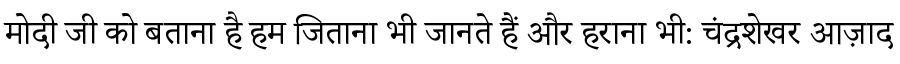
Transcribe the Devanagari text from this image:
मोदी जी को बताना है हम जिताना भी जानते हैं और हराना भी: चंद्रशेखर आज़ाद